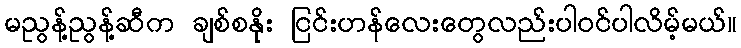
မညွန့်ညွန့်ဆီက ချစ်စနိုး ငြင်းဟန်လေးတွေလည်းပါဝင်ပါလိမ့်မယ်။